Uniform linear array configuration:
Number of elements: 32
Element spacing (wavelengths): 0.25
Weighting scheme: binomial
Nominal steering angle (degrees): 45
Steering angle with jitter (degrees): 43.902
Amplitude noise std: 0.05
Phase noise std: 0.05

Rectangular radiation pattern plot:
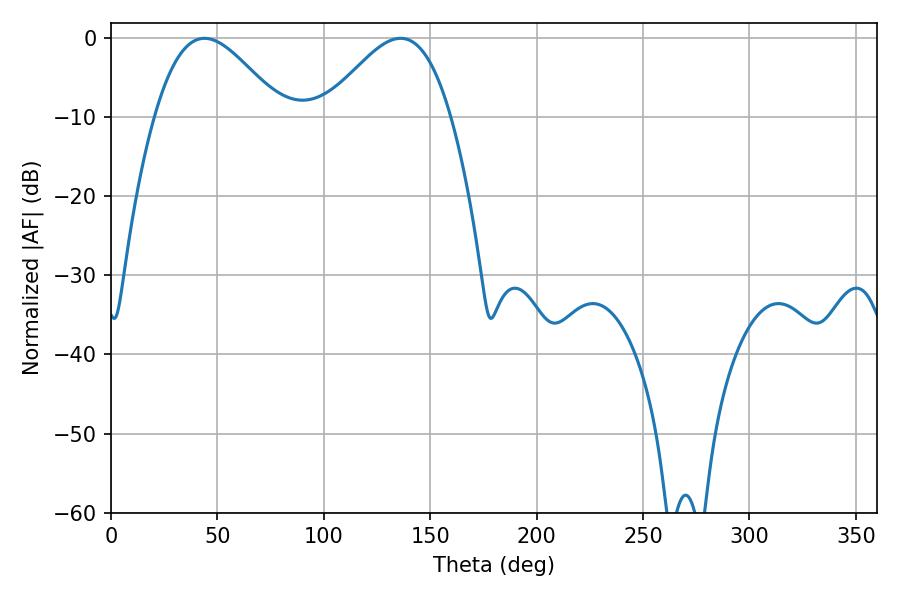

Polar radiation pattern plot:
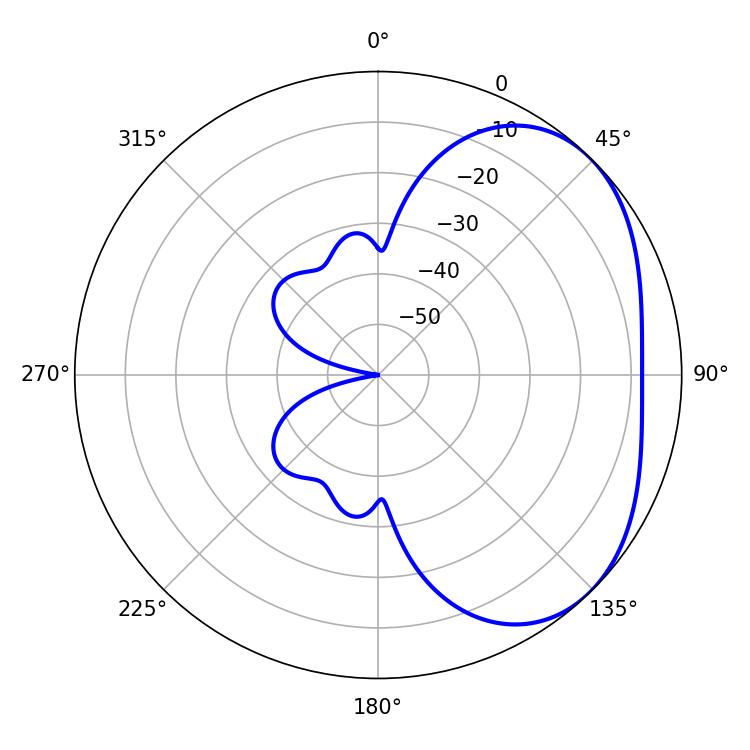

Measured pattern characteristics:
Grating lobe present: FALSE
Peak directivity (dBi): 3.359
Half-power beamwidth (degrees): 31.86
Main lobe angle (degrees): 43.92